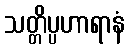
သတ္တိပ္ပဟာရာနံ